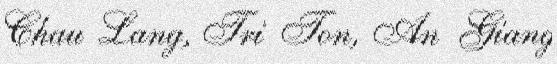
Chau Lang, Tri Ton, An Giang